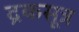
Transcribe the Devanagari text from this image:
द्रकसूत्र